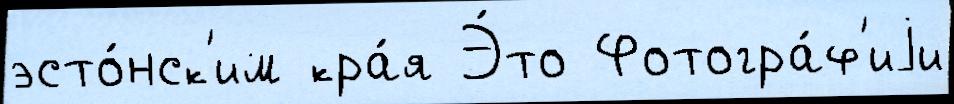
эсто́нск'им кра́я Э́то Фотогра́ф'иjи